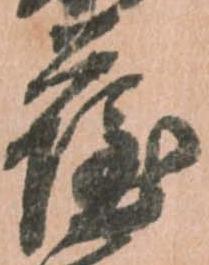
薩